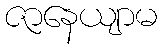
ဇာနေယျာမ